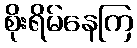
စိုးရိမ်နေကြ